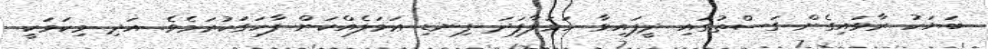
ބަޔަކު ރާވައިގެން ގަސްތުގައި ދީފައިވާ ހަމަލާފަދަ ފިނޑި ޢަމަލެއްކަން ފާހަގަކުރަމެވެ. އަދި މިކަމަކީ